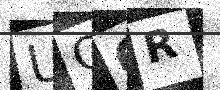
Text: UQOR